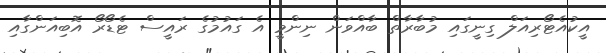
އީކުއެޓޯރިއަލް ގިނީގައި މުބާރާތް ބާއްވަން ނިންމީ އެ ގައުމުގެ ރައީސް ޓެޑޯރޯ އޮބިއަންގާއި